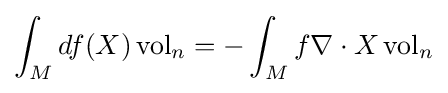
\int _{M}df(X)\operatorname {vol} _{n}=-\int _{M}f\nabla \cdot X\operatorname {vol} _{n}